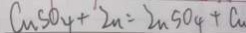
C u S O _ { 4 } + Z n = Z n S O _ { 4 } + C u